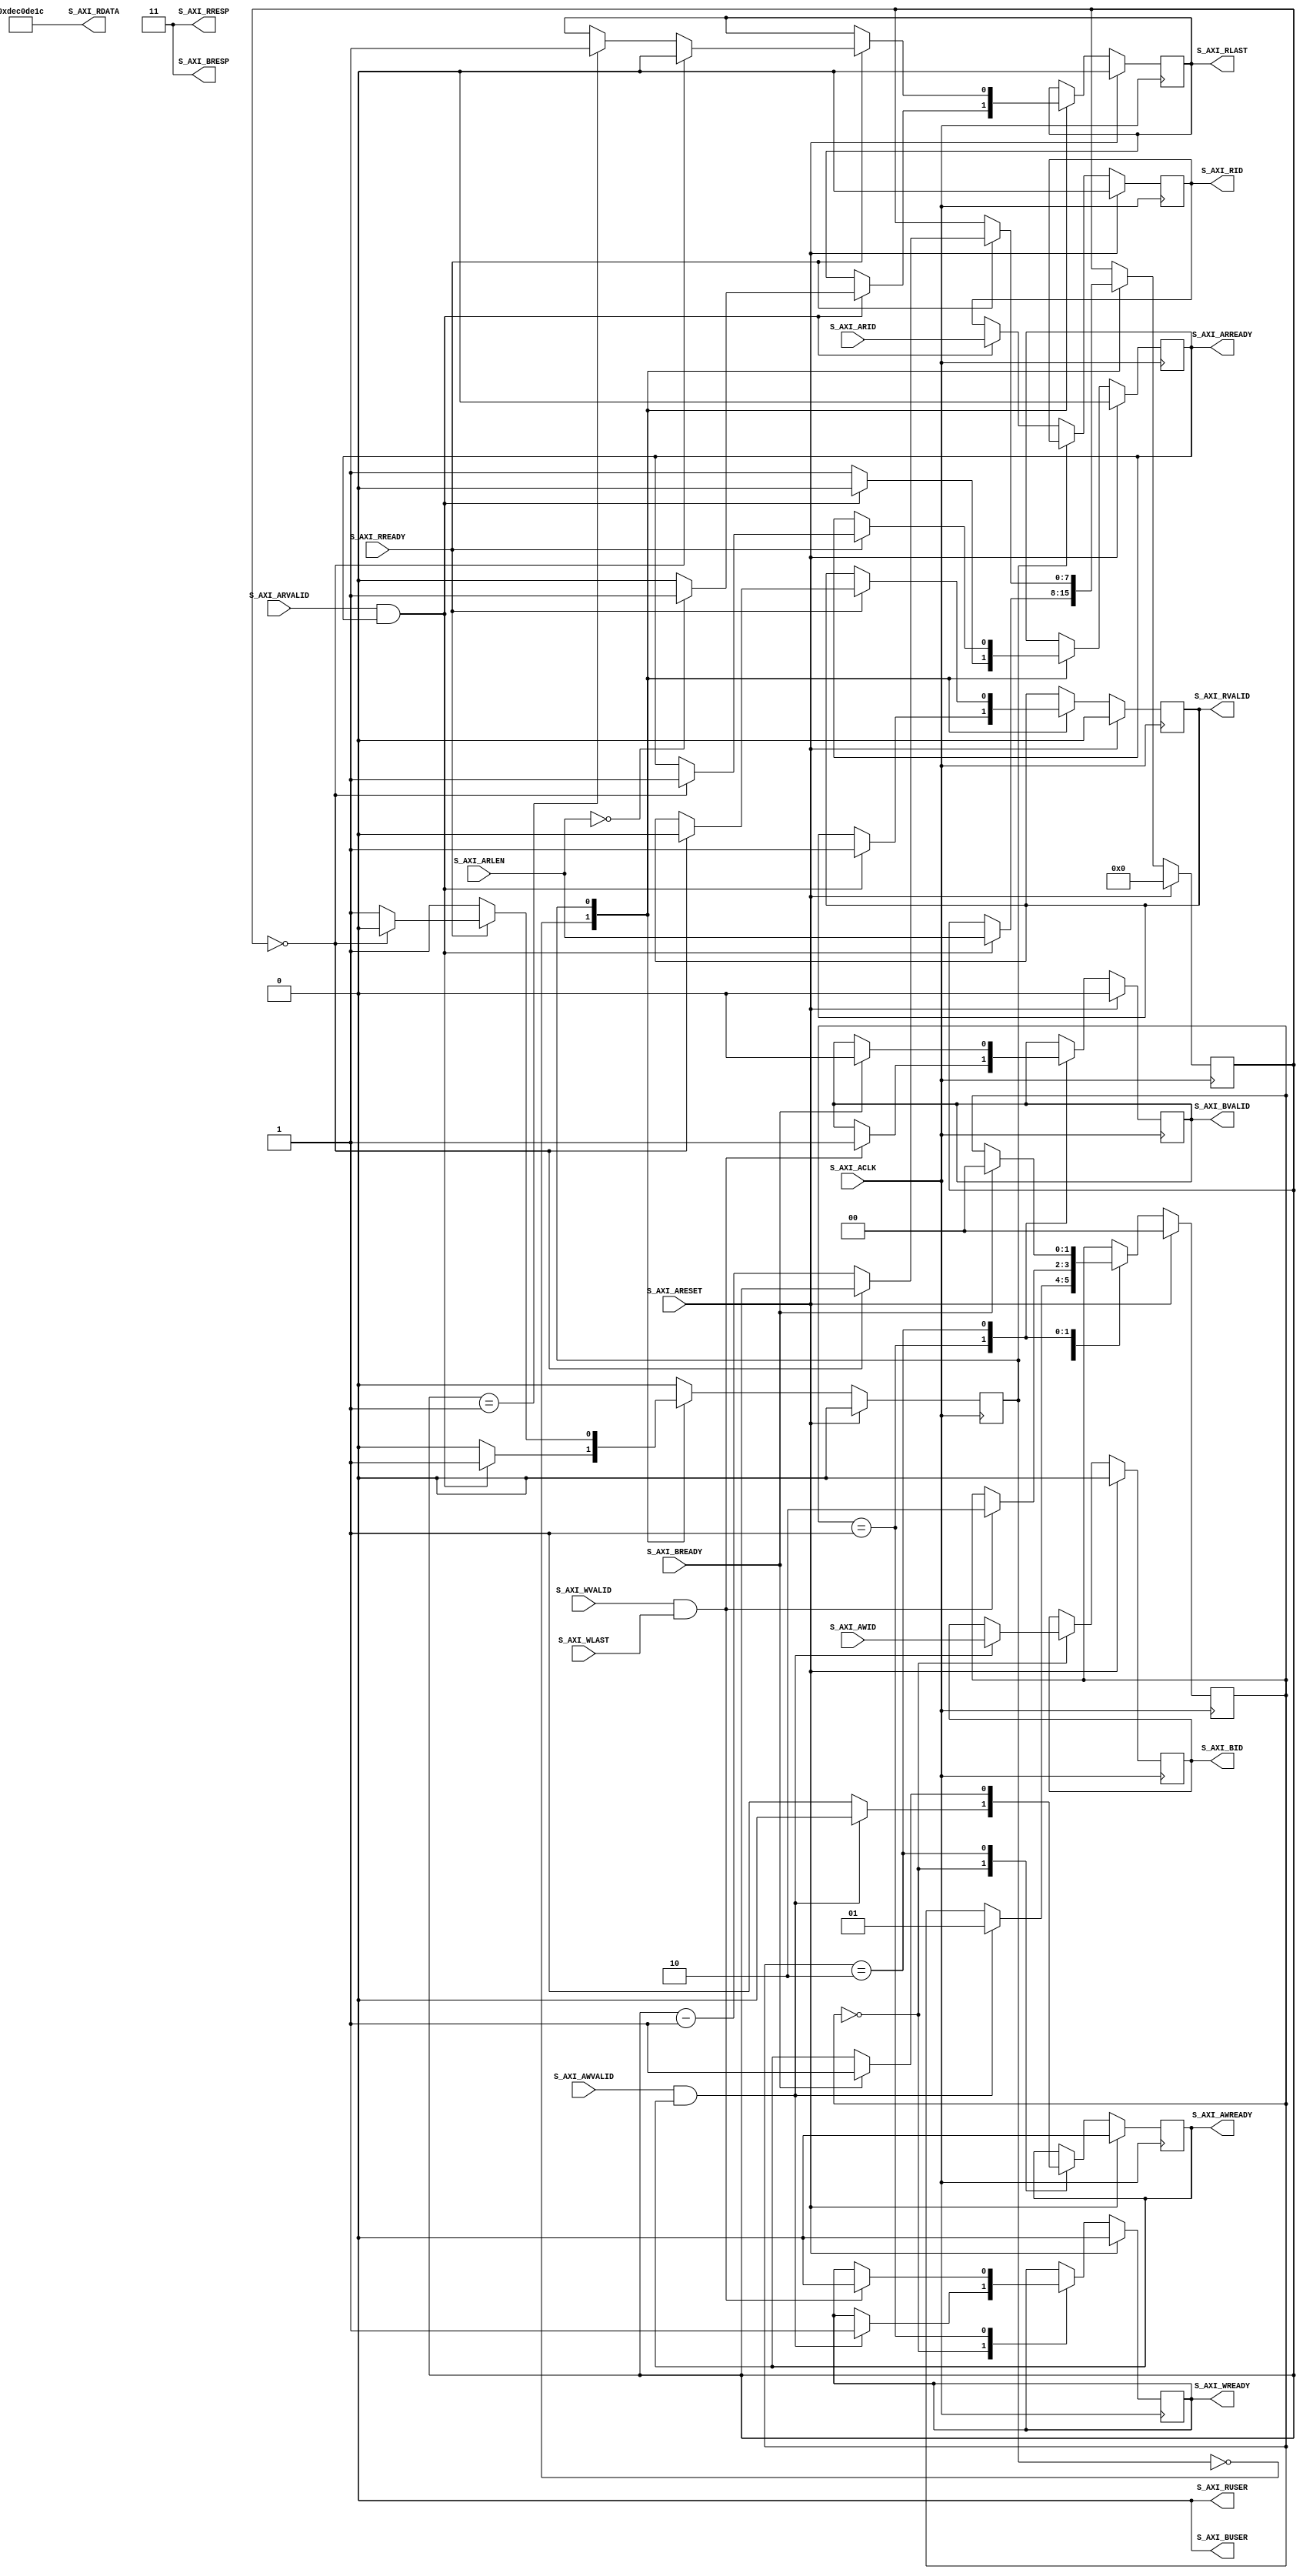
// This program was cloned from: https://github.com/whutddk/RiftCore
// License: Apache License 2.0

/*
* @File name: axi_crossbar_v2_1_22_decerr_slave
* @Author: Ruige Lee
* @Email: wut.ruigeli@gmail.com
* @Date:   2021-03-09 10:55:23
* @Last Modified by:   Ruige Lee
* @Last Modified time: 2021-03-09 10:55:47
*/


`default_nettype wire


// -- (c) Copyright 2009 - 2011 Xilinx, Inc. All rights reserved.
// --
// -- This file contains confidential and proprietary information
// -- of Xilinx, Inc. and is protected under U.S. and 
// -- international copyright and other intellectual property
// -- laws.
// --
// -- DISCLAIMER
// -- This disclaimer is not a license and does not grant any
// -- rights to the materials distributed herewith. Except as
// -- otherwise provided in a valid license issued to you by
// -- Xilinx, and to the maximum extent permitted by applicable
// -- law: (1) THESE MATERIALS ARE MADE AVAILABLE "AS IS" AND
// -- WITH ALL FAULTS, AND XILINX HEREBY DISCLAIMS ALL WARRANTIES
// -- AND CONDITIONS, EXPRESS, IMPLIED, OR STATUTORY, INCLUDING
// -- BUT NOT LIMITED TO WARRANTIES OF MERCHANTABILITY, NON-
// -- INFRINGEMENT, OR FITNESS FOR ANY PARTICULAR PURPOSE; and
// -- (2) Xilinx shall not be liable (whether in contract or tort,
// -- including negligence, or under any other theory of
// -- liability) for any loss or damage of any kind or nature
// -- related to, arising under or in connection with these
// -- materials, including for any direct, or any indirect,
// -- special, incidental, or consequential loss or damage
// -- (including loss of data, profits, goodwill, or any type of
// -- loss or damage suffered as a result of any action brought
// -- by a third party) even if such damage or loss was
// -- reasonably foreseeable or Xilinx had been advised of the
// -- possibility of the same.
// --
// -- CRITICAL APPLICATIONS
// -- Xilinx products are not designed or intended to be fail-
// -- safe, or for use in any application requiring fail-safe
// -- performance, such as life-support or safety devices or
// -- systems, Class III medical devices, nuclear facilities,
// -- applications related to the deployment of airbags, or any
// -- other applications that could lead to death, personal
// -- injury, or severe property or environmental damage
// -- (individually and collectively, "Critical
// -- Applications"). Customer assumes the sole risk and
// -- liability of any use of Xilinx products in Critical
// -- Applications, subject only to applicable laws and
// -- regulations governing limitations on product liability.
// --
// -- THIS COPYRIGHT NOTICE AND DISCLAIMER MUST BE RETAINED AS
// -- PART OF THIS FILE AT ALL TIMES.
//-----------------------------------------------------------------------------
//
//
// Description: 
//   Phantom slave interface used to complete W, R and B channel transfers when an
//   erroneous transaction is trapped in the crossbar.
//--------------------------------------------------------------------------
//
// Structure:
//    decerr_slave
//    
//-----------------------------------------------------------------------------

`timescale 1ps/1ps


module axi_crossbar_v2_1_22_decerr_slave #
  (
   parameter integer C_AXI_ID_WIDTH           = 1,
   parameter integer C_AXI_DATA_WIDTH         = 32,
   parameter integer C_AXI_BUSER_WIDTH        = 1,
   parameter integer C_AXI_RUSER_WIDTH        = 1,
   parameter integer C_AXI_PROTOCOL           = 0,
   parameter integer C_RESP                   = 2'b11   
   )
  (
   input wire S_AXI_ACLK,
   input wire S_AXI_ARESET,
   input wire [(C_AXI_ID_WIDTH-1):0] S_AXI_AWID,
   input wire S_AXI_AWVALID,
   output wire S_AXI_AWREADY,
   input wire S_AXI_WLAST,
   input wire S_AXI_WVALID,
   output wire S_AXI_WREADY,
   output wire [(C_AXI_ID_WIDTH-1):0] S_AXI_BID,
   output wire [1:0] S_AXI_BRESP,
   output wire [C_AXI_BUSER_WIDTH-1:0]          S_AXI_BUSER,
   output wire S_AXI_BVALID,
   input wire S_AXI_BREADY,
   input wire [(C_AXI_ID_WIDTH-1):0] S_AXI_ARID,
   input wire [7:0] S_AXI_ARLEN,
   input wire S_AXI_ARVALID,
   output wire S_AXI_ARREADY,
   output wire [(C_AXI_ID_WIDTH-1):0] S_AXI_RID,
   output wire [(C_AXI_DATA_WIDTH-1):0] S_AXI_RDATA,
   output wire [1:0] S_AXI_RRESP,
   output wire [C_AXI_RUSER_WIDTH-1:0]          S_AXI_RUSER,
   output wire S_AXI_RLAST,
   output wire S_AXI_RVALID,
   input wire S_AXI_RREADY
   );
   
  reg s_axi_awready_i = 1'b0;
  reg s_axi_wready_i = 1'b0;
  reg s_axi_bvalid_i = 1'b0;
  reg s_axi_arready_i = 1'b0;
  reg s_axi_rvalid_i = 1'b0;
  
  localparam P_WRITE_IDLE = 2'b00;
  localparam P_WRITE_DATA = 2'b01;
  localparam P_WRITE_RESP = 2'b10;
  localparam P_READ_IDLE = 1'b0;
  localparam P_READ_DATA = 1'b1;
  localparam integer  P_AXI4 = 0;
  localparam integer  P_AXI3 = 1;
  localparam integer  P_AXILITE = 2;
   
  assign S_AXI_BRESP = C_RESP;
  assign S_AXI_RRESP = C_RESP;
  //assign S_AXI_RDATA = {C_AXI_DATA_WIDTH{1'b0}};
  assign S_AXI_RDATA = {C_AXI_DATA_WIDTH/32{32'hDEC0_DE1C}};
  assign S_AXI_BUSER = {C_AXI_BUSER_WIDTH{1'b0}};
  assign S_AXI_RUSER = {C_AXI_RUSER_WIDTH{1'b0}};
  assign S_AXI_AWREADY = s_axi_awready_i;
  assign S_AXI_WREADY = s_axi_wready_i;
  assign S_AXI_BVALID = s_axi_bvalid_i;
  assign S_AXI_ARREADY = s_axi_arready_i;
  assign S_AXI_RVALID = s_axi_rvalid_i;
  
  generate
  if (C_AXI_PROTOCOL == P_AXILITE) begin : gen_axilite
    
    assign S_AXI_RLAST = 1'b1;
    assign S_AXI_BID = 0;
    assign S_AXI_RID = 0;
    
    always @(posedge S_AXI_ACLK) begin
      if (S_AXI_ARESET) begin
        s_axi_awready_i <= 1'b0;
        s_axi_wready_i <= 1'b0;
        s_axi_bvalid_i <= 1'b0;
      end else begin
        if (s_axi_bvalid_i) begin
          if (S_AXI_BREADY) begin
            s_axi_bvalid_i <= 1'b0;
          end
        end else if (S_AXI_AWVALID & S_AXI_WVALID) begin
          if (s_axi_awready_i) begin
            s_axi_awready_i <= 1'b0;
            s_axi_wready_i <= 1'b0;
            s_axi_bvalid_i <= 1'b1;
          end else begin
            s_axi_awready_i <= 1'b1;
            s_axi_wready_i <= 1'b1;
          end
        end
      end
    end
           
    always @(posedge S_AXI_ACLK) begin
      if (S_AXI_ARESET) begin
        s_axi_arready_i <= 1'b0;
        s_axi_rvalid_i <= 1'b0;
      end else begin
        if (s_axi_rvalid_i) begin
          if (S_AXI_RREADY) begin
            s_axi_rvalid_i <= 1'b0;
          end
        end else if (S_AXI_ARVALID & s_axi_arready_i) begin
          s_axi_arready_i <= 1'b0;
          s_axi_rvalid_i <= 1'b1;
        end else begin
          s_axi_arready_i <= 1'b1;
        end
      end
    end
        
  end else begin : gen_axi
  
    reg s_axi_rlast_i;
    reg [(C_AXI_ID_WIDTH-1):0] s_axi_bid_i;
    reg [(C_AXI_ID_WIDTH-1):0] s_axi_rid_i;
    reg [7:0] read_cnt;
    reg [1:0] write_cs;
    reg [0:0] read_cs;
  
    assign S_AXI_RLAST = s_axi_rlast_i;
    assign S_AXI_BID = s_axi_bid_i;
    assign S_AXI_RID = s_axi_rid_i;
  
    always @(posedge S_AXI_ACLK) begin
      if (S_AXI_ARESET) begin
        write_cs <= P_WRITE_IDLE;
        s_axi_awready_i <= 1'b0;
        s_axi_wready_i <= 1'b0;
        s_axi_bvalid_i <= 1'b0;
        s_axi_bid_i <= 0;
      end else begin
        case (write_cs) 
          P_WRITE_IDLE: 
            begin
              if (S_AXI_AWVALID & s_axi_awready_i) begin
                s_axi_awready_i <= 1'b0;
                s_axi_bid_i <= S_AXI_AWID;
                s_axi_wready_i <= 1'b1;
                write_cs <= P_WRITE_DATA;
              end else begin
                s_axi_awready_i <= 1'b1;
              end
            end
          P_WRITE_DATA:
            begin
              if (S_AXI_WVALID & S_AXI_WLAST) begin
                s_axi_wready_i <= 1'b0;
                s_axi_bvalid_i <= 1'b1;
                write_cs <= P_WRITE_RESP;
              end
            end
          P_WRITE_RESP:
            begin
              if (S_AXI_BREADY) begin
                s_axi_bvalid_i <= 1'b0;
                s_axi_awready_i <= 1'b1;
                write_cs <= P_WRITE_IDLE;
              end
            end
        endcase
      end
    end
  
    always @(posedge S_AXI_ACLK) begin
      if (S_AXI_ARESET) begin
        read_cs <= P_READ_IDLE;
        s_axi_arready_i <= 1'b0;
        s_axi_rvalid_i <= 1'b0;
        s_axi_rlast_i <= 1'b0;
        s_axi_rid_i <= 0;
        read_cnt <= 0;
      end else begin
        case (read_cs) 
          P_READ_IDLE: 
            begin
              if (S_AXI_ARVALID & s_axi_arready_i) begin
                s_axi_arready_i <= 1'b0;
                s_axi_rid_i <= S_AXI_ARID;
                read_cnt <= S_AXI_ARLEN;
                s_axi_rvalid_i <= 1'b1;
                if (S_AXI_ARLEN == 0) begin
                  s_axi_rlast_i <= 1'b1;
                end else begin
                  s_axi_rlast_i <= 1'b0;
                end
                read_cs <= P_READ_DATA;
              end else begin
                s_axi_arready_i <= 1'b1;
              end
            end
          P_READ_DATA:
            begin
              if (S_AXI_RREADY) begin
                if (read_cnt == 0) begin
                  s_axi_rvalid_i <= 1'b0;
                  s_axi_rlast_i <= 1'b0;
                  s_axi_arready_i <= 1'b1;
                  read_cs <= P_READ_IDLE;
                end else begin
                  if (read_cnt == 1) begin
                    s_axi_rlast_i <= 1'b1;
                  end
                  read_cnt <= read_cnt - 1;
                end
              end
            end
        endcase
      end
    end
  
  end  
  endgenerate

endmodule